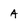
Character: A